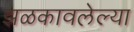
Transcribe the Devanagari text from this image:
झळकावलेल्या